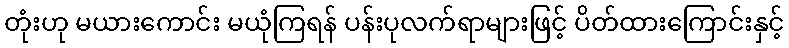
တုံးဟု မယားကောင်း မယုံကြရန် ပန်းပုလက်ရာများဖြင့် ပိတ်ထားကြောင်းနှင့်